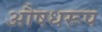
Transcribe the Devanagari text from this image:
औषधरूप